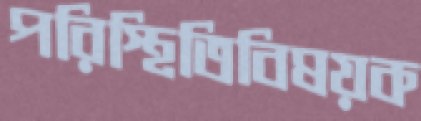
পরিস্থিতিবিষয়ক